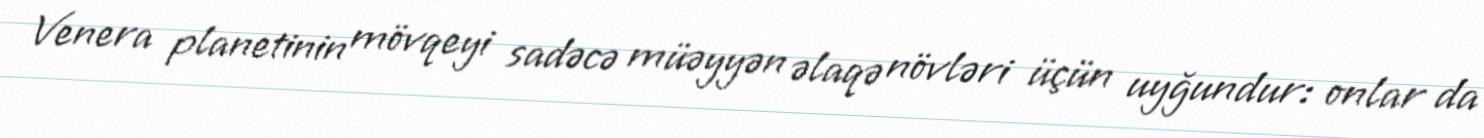
Venera planetinin mövqeyi sadəcə müəyyən əlaqə növləri üçün uyğundur: onlar da